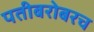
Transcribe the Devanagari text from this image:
पतीबरोबरच